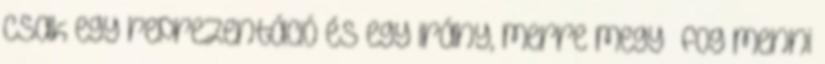
csak egy reprezentáció és egy irány, merre megy fog menni